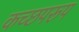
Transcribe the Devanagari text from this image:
कच्छपरूप